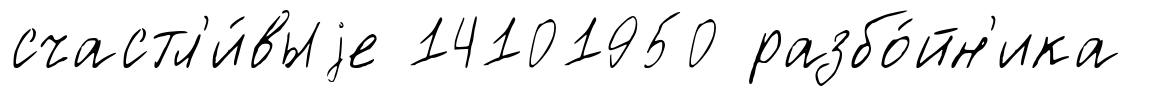
счастл'и́выjе 14101950 разбо́йн'ика